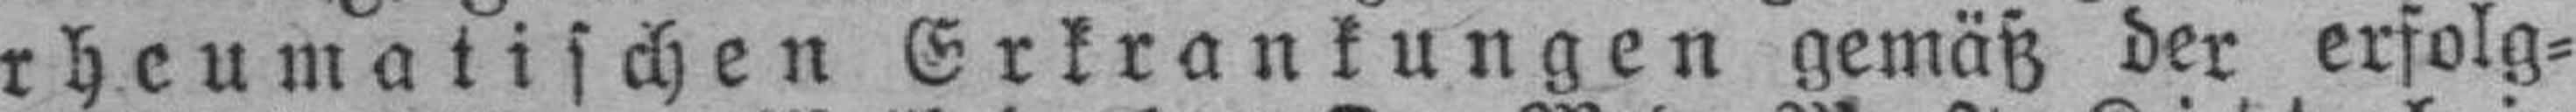
rheumatischen Erkrankungen gemäß der erfolg¬